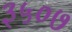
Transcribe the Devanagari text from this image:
३५०७